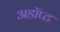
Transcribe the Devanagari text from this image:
अडॉप्ट